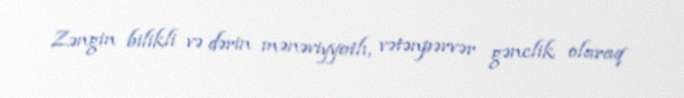
Zəngin bilikli və dərin mənəviyyatlı, vətənpərvər gənclik olaraq